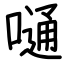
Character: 嗵